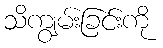
သိကျွမ်းခြင်းကို